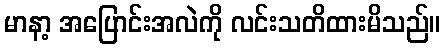
မာနာ့ အပြောင်းအလဲကို လင်းသတိထားမိသည်။